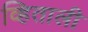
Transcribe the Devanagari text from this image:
व्हिताली